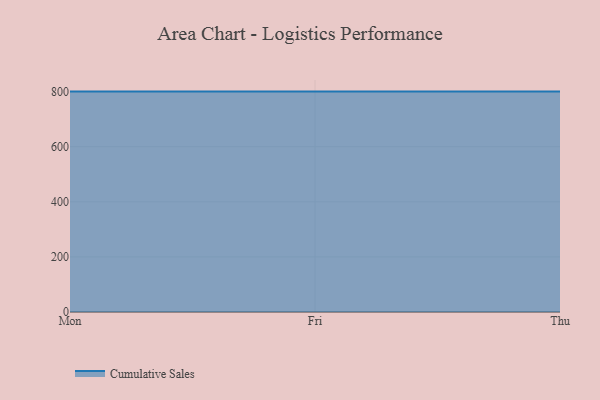
{"axis": {"x": "Day", "y": "Temperature (°C)"}, "legend": ["Cumulative Sales"], "data": [{"x": "Mon", "y": 800, "type": "Cumulative Sales"}, {"x": "Fri", "y": 800, "type": "Cumulative Sales"}, {"x": "Thu", "y": 800, "type": "Cumulative Sales"}]}